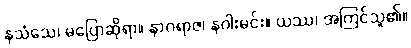
နသံသေ၊ မပြောဆိုရာ။ နာဂရာဇ၊ နဂါးမင်း။ ယဿ၊ အကြင်သူ၏။